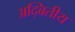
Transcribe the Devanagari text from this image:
अद्बितीय